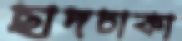
ছাদঢাকা